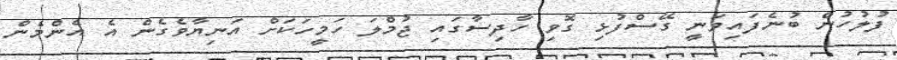
ފުލުހުން ބުނެފައިވަނީ ގޭސްފުޅި ގޮވި ހާދިސާގައި ޖުމްލަ ހަމީހަކަށް އަނިޔާވެގެން އެ އެންމެން